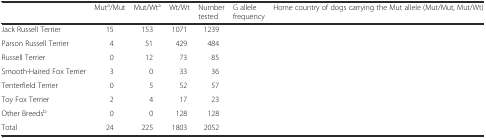
<table><thead><tr><td>[EMPTY_CELL]</td><td><b>Mut<sup>a</sup>/Mut</b></td><td><b>Mut/Wt<sup>a</sup></b></td><td><b>Wt/Wt</b></td><td><b>Number tested</b></td><td><b>G allele frequency</b></td><td><b>Home country of dogs carrying the Mut allele (Mut/Mut, Mut/Wt)</b></td></tr></thead><tbody><tr><td>Jack Russell Terrier</td><td>15</td><td>153</td><td>1071</td><td>1239</td><td>[EMPTY_CELL]</td><td>[EMPTY_CELL]</td></tr><tr><td>Parson Russell Terrier</td><td>4</td><td>51</td><td>429</td><td>484</td><td>[EMPTY_CELL]</td><td>[EMPTY_CELL]</td></tr><tr><td>Russell Terrier</td><td>0</td><td>12</td><td>73</td><td>85</td><td>[EMPTY_CELL]</td><td>[EMPTY_CELL]</td></tr><tr><td>Smooth-Haired Fox Terrier</td><td>3</td><td>0</td><td>33</td><td>36</td><td>[EMPTY_CELL]</td><td>[EMPTY_CELL]</td></tr><tr><td>Tenterfield Terrier</td><td>0</td><td>5</td><td>52</td><td>57</td><td>[EMPTY_CELL]</td><td>[EMPTY_CELL]</td></tr><tr><td>Toy Fox Terrier</td><td>2</td><td>4</td><td>17</td><td>23</td><td>[EMPTY_CELL]</td><td>[EMPTY_CELL]</td></tr><tr><td>Other Breeds<sup>b</sup></td><td>0</td><td>0</td><td>128</td><td>128</td><td>[EMPTY_CELL]</td><td>[EMPTY_CELL]</td></tr><tr><td>Total</td><td>24</td><td>225</td><td>1803</td><td>2052</td><td>[EMPTY_CELL]</td><td>[EMPTY_CELL]</td></tr></tbody></table>